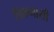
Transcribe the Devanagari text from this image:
त्रिक्रमासी